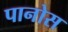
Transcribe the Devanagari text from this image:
पानोस